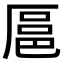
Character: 𫨓